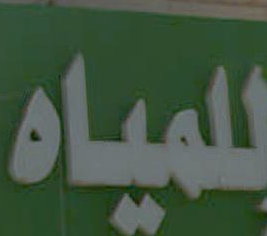
للمياه